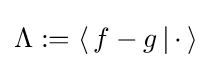
\Lambda :=\langle \,f-g\,|\,\cdot \,\rangle